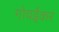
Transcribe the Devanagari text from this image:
गोवईकर